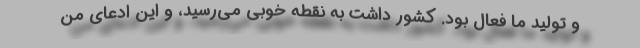
و تولید ما فعال بود. کشور داشت به نقطه خوبی می‌رسید، و این ادعای من